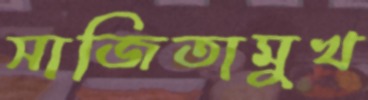
সাজিতামুখ